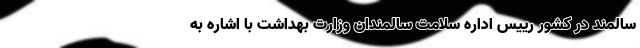
سالمند در کشور رییس اداره سلامت سالمندان وزارت بهداشت با اشاره به